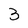
Character: 3